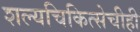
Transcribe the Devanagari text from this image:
शल्यचिकित्सेचीही